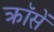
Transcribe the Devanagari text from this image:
क्रॉसें